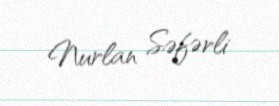
Nurlan Səfərli